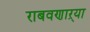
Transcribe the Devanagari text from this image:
राबवणाऱ्या